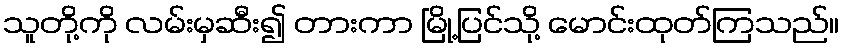
သူတို့ကို လမ်းမှဆီး၍ တားကာ မြို့ပြင်သို့ မောင်းထုတ်ကြသည်။